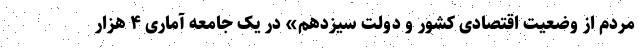
مردم از وضعیت اقتصادی کشور و دولت سیزدهم» در یک جامعه آماری ۴ هزار